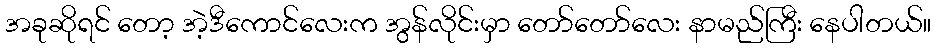
အခုဆိုရင် တော့ အဲ့ဒီကောင်လေးက အွန်လိုင်းမှာ တော်တော်လေး နာမည်ကြီး နေပါတယ်။